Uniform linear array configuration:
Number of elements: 4
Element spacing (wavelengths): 0.5
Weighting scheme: cosine
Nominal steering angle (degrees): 30
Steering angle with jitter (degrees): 31.4
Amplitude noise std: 0.05
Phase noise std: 0.05

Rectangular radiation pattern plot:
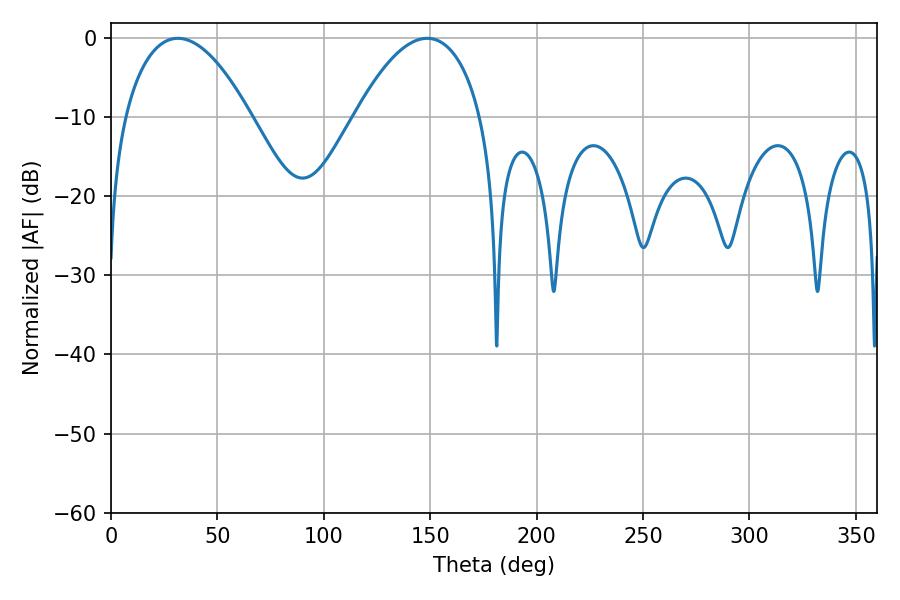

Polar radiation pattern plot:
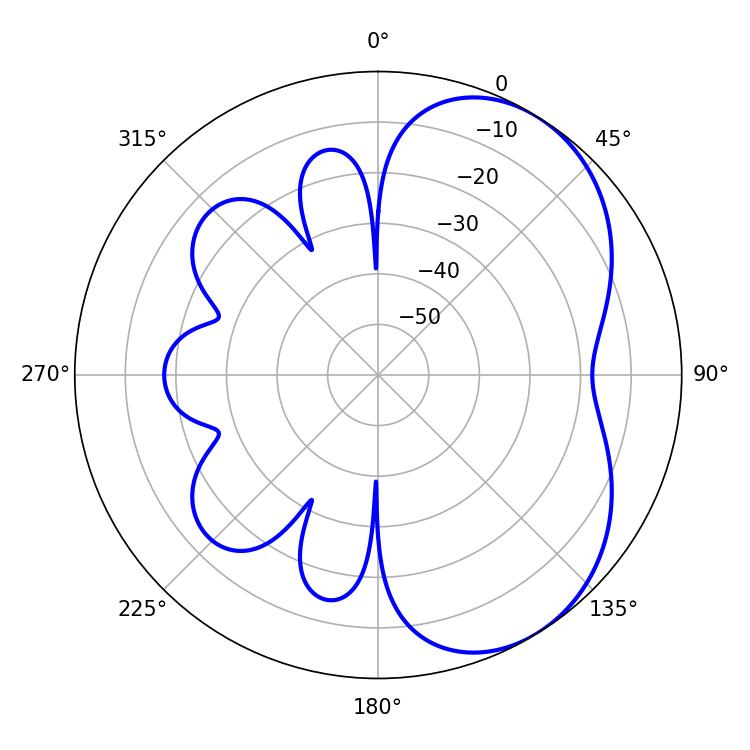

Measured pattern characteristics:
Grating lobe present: FALSE
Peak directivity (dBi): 4.884
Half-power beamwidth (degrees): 33.12
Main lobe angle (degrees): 31.5